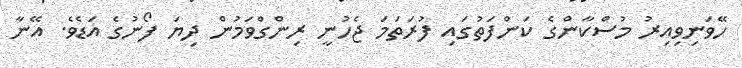
ހޭވަނިވިއިރު މުސްކާންގެ ކަންފަތުގައި ފުރަތަމަ ޖެހުނީ ރިންގްވަމުން ދިޔަ ފޯނުގެ އަޑެވެ. އޭނާ